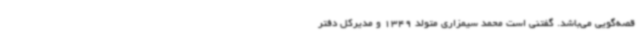
قصه‌گویی می‌باشد. گفتنی است محمد سیمزاری متولد 1349 و مدیرکل دفتر